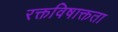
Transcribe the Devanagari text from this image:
रक्तविषाक्तता